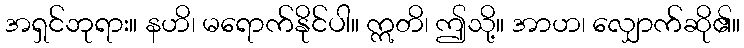
အရှင်ဘုရား။ နဟိ၊ မရောက်နိုင်ပါ။ ဣတိ၊ ဤသို့။ အာဟ၊ လျှောက်ဆို၏။